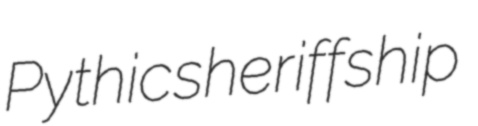
Pythic sheriffship